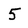
Character: 5